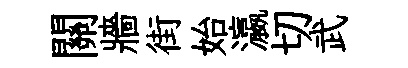
關牆街始瀛切武